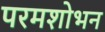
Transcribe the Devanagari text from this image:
परमशोभन